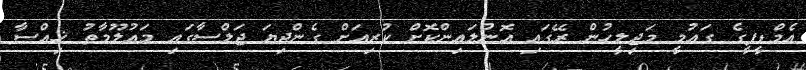
އެމްޑީޕީގެ ގައުމީ މަޖިލީހުން ރޭގައި އޮންލައިންކޮށް ކުރިއަށް ގެންދިޔަ ޖަލްސާގައި މައުލޫމާތު ޚިއްސާ